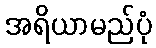
အရိယာမည်ပုံ